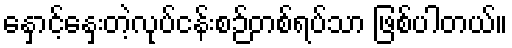
နှောင့်နှေးတဲ့လုပ်ငန်းစဉ်တစ်ရပ်သာ ဖြစ်ပါတယ်။